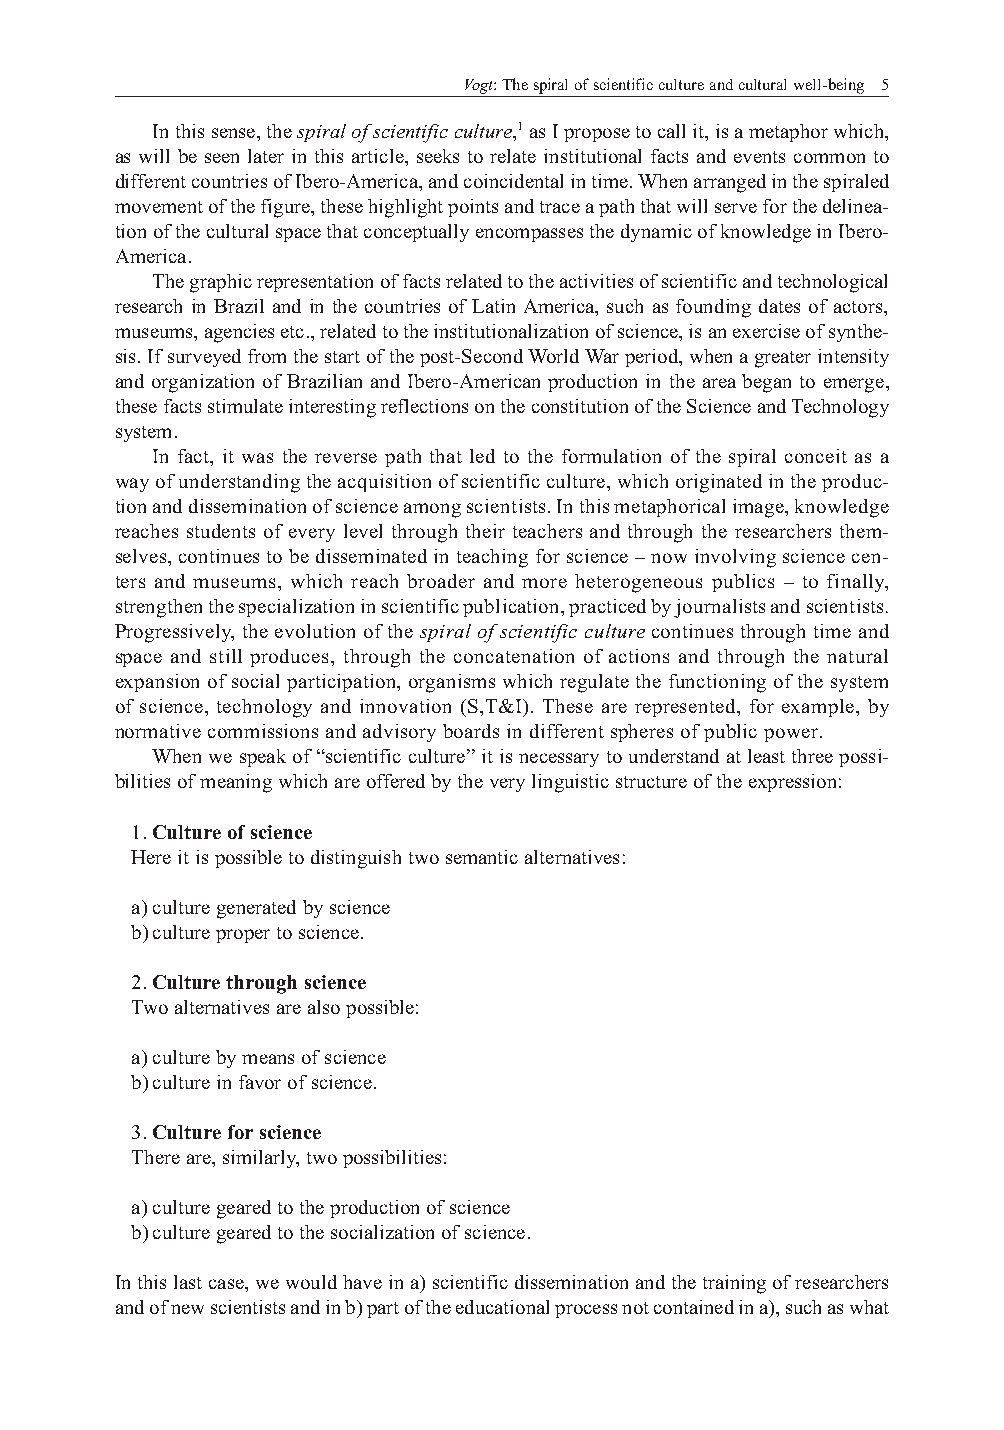
Vogt: The spiral of scientific culture and cultural well-being 5
 In this sense, the spiral of scientific culture,1 as I propose to call it, is a metaphor which,
 as will be seen later in this article, seeks to relate institutional facts and events common to
 different countries of Ibero-America, and coincidental in time. When arranged in the spiraled
 movement of the figure, these highlight points and trace a path that will serve for the delinea-
 tion of the cultural space that conceptually encompasses the dynamic of knowledge in Ibero-
 America.
 The graphic representation of facts related to the activities of scientific and technological
 research in Brazil and in the countries of Latin America, such as founding dates of actors,
 museums, agencies etc., related to the institutionalization of science, is an exercise of synthe-
 sis. If surveyed from the start of the post-Second World War period, when a greater intensity
 and organization of Brazilian and Ibero-American production in the area began to emerge,
 these facts stimulate interesting reflections on the constitution of the Science and Technology
 system.
 In fact, it was the reverse path that led to the formulation of the spiral conceit as a
 way of understanding the acquisition of scientific culture, which originated in the produc-
 tion and dissemination of science among scientists. In this metaphorical image, knowledge
 reaches students of every level through their teachers and through the researchers them-
 selves, continues to be disseminated in teaching for science – now involving science cen-
 ters and museums, which reach broader and more heterogeneous publics – to finally,
 strengthen the specialization in scientific publication, practiced by journalists and scientists.
 Progressively, the evolution of the spiral of scientific culture continues through time and
 space and still produces, through the concatenation of actions and through the natural
 expansion of social participation, organisms which regulate the functioning of the system
 of science, technology and innovation (S,T&I). These are represented, for example, by
 normative commissions and advisory boards in different spheres of public power.
 When we speak of “scientific culture” it is necessary to understand at least three possi-
 bilities of meaning which are offered by the very linguistic structure of the expression:
 1. Culture of science
 Here it is possible to distinguish two semantic alternatives:
 a) culture generated by science
 b) culture proper to science.
 2. Culture through science
 Two alternatives are also possible:
 a) culture by means of science
 b) culture in favor of science.
 3. Culture for science
 There are, similarly, two possibilities:
 a) culture geared to the production of science
 b) culture geared to the socialization of science.
 In this last case, we would have in a) scientific dissemination and the training of researchers
 and of new scientists and in b) part of the educational process not contained in a), such as what